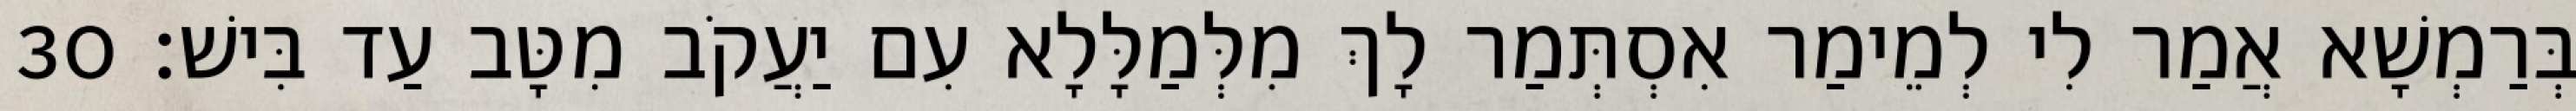
בְּרַמְשָׁא אֲמַר לִי לְמֵימַר אִסְתְּמַר לָךְ מִלְּמַלָּלָא עִם יַעֲקֹב מִטָּב עַד בִּישׁ׃ 30